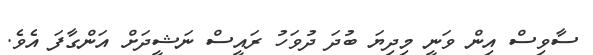
ސާވިސް އިން ވަނީ މިދިޔަ ބުދަ ދުވަހު ރައީސް ނަޝީދަށް އަންގާފަ އެވެ.